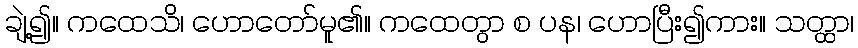
ချဲ့၍။ ကထေသိ၊ ဟောတော်မူ၏။ ကထေတွာ စ ပန၊ ဟောပြီး၍ကား။ သတ္ထာ၊